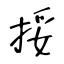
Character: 挼